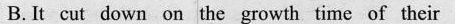
B.It cut down on the growth time of their